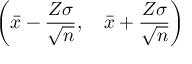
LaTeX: \left( { \bar { x } } - { \frac { Z \sigma } { \sqrt { n } } } , \quad { \bar { x } } + { \frac { Z \sigma } { \sqrt { n } } } \right)